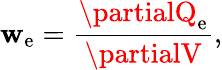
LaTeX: \mathbf{w}_{\mathrm{{e}}}={\frac{{\partialQ_{\mathrm{{e}}}}}{{\partialV}}},